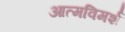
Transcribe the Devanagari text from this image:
आत्मविमर्श